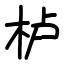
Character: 栌